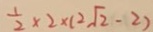
\frac { 1 } { 2 } \times 2 \times ( 2 \sqrt { 2 } - 2 )